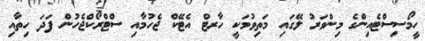
ހީމޯސިސްޓެއިންގެ މިންވަރު ލޭގައި މަތިވުމަކީ ހާރޓް އެޓޭކް ޖެހުމާއި ސްޓްރޯކްޖެހުން ފަދަ ހިތާއި